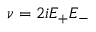
\nu = 2 i E _ { + } E _ { - }